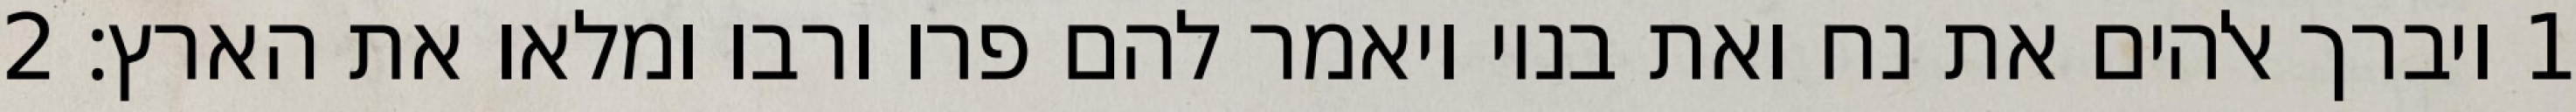
1 ויברך אלהים את נח ואת בניו ויאמר להם פרו ורבו ומלאו את הארץ׃ ‎2‏